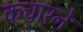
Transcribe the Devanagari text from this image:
कचारने